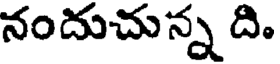
నందుచున్న ది.